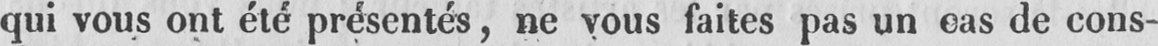
de cons-